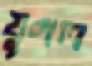
যুগল